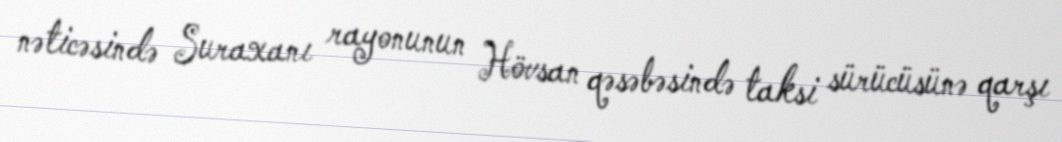
nəticəsində Suraxanı rayonunun Hövsan qəsəbəsində taksi sürücüsünə qarşı